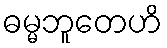
ဓမ္မဘူတေဟိ